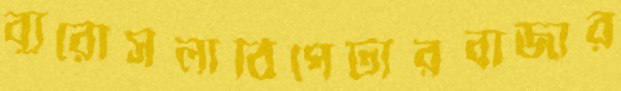
ব্যুরোসলাঠিপেটারবাজার